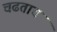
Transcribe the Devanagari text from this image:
चढताच